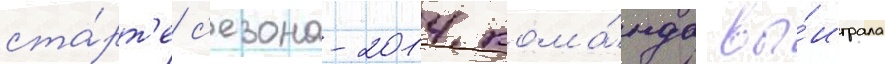
ста́рт'е с'езона-2014 кома́нда вы́играла